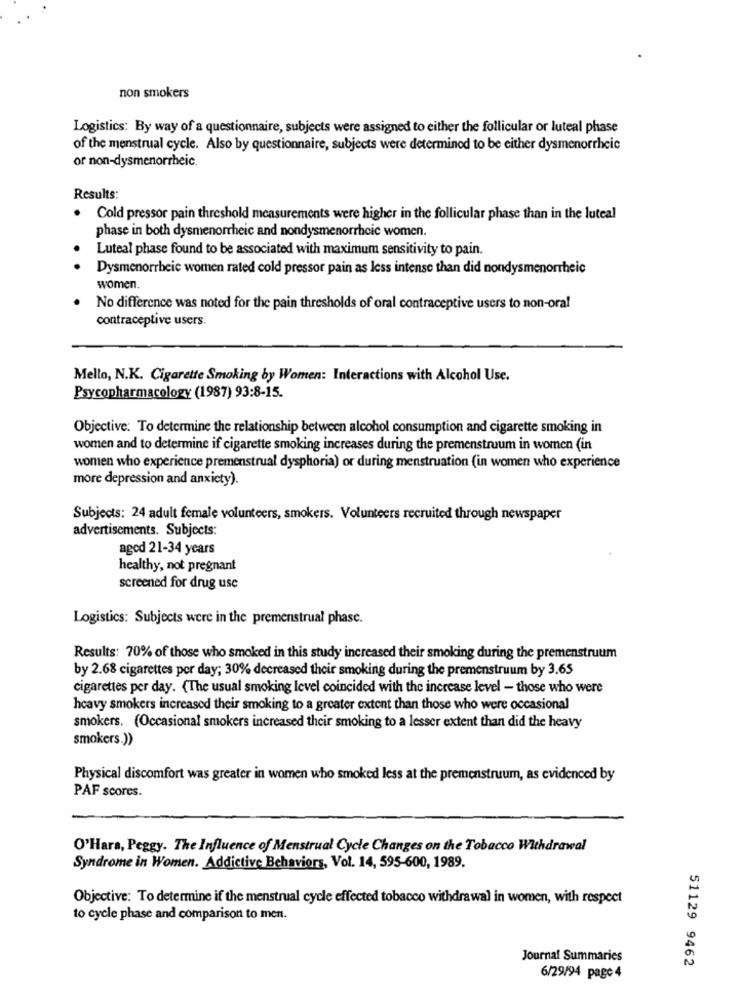
non smokers
Logistics: By way of a questionnaire, subjects were assigned to either the follicular or luteal phase
of the menstrual cycle. Also by questionnaire, subjects were determined to be either dysmenorrheic
or non-dysmenorrheic.
Results:
Cold pressor pain threshold measurements were higher in the follicular phase than in the luteal
phase in both dysmenorrheic and nondysmenorrheic women.
Luteal phase found to be associated with maximum sensitivity to pain.
Dysmenorrheic women rated cold pressor pain as less intense than did nondysmenorrheic
women.
No difference was noted for the pain thresholds of oral contraceptive users to non-oral
contraceptive users.
Mello, N.K. Cigarette Smoking by Women: Interactions with Alcohol Use.
Psycopharmacology (1987) 93:8-15.
Objective: To determine the relationship between alcohol consumption and cigarette smoking in
women and to determine if cigarette smoking increases during the premenstruum in women (in
women who experience premenstrual dysphoria) or during menstruation (in women who experience
more depression and anxiety).
Subjects: 24 adult female volunteers, smokers. Volunteers recruited through newspaper
advertisements. Subjects:
aged 21-34 years
healthy, not pregnant
screened for drug use
Logistics: Subjects were in the premenstrual phase.
Results: 70% of those who smoked in this study increased their smoking during the premenstruum
by 2.68 cigarettes per day; 30% decreased their smoking during the premenstruum by 3.65
cigarettes per day. (The usual smoking level coincided with the increase level - those who were
heavy smokers increased their smoking to a greater extent than those who were occasional
smokers. (Occasional smokers increased their smoking to a lesser extent than did the heavy
smokers.))
Physical discomfort was greater in women who smoked less at the premenstruum, as evidenced by
PAF scores.
O'Hara, Peggy. The Influence of Menstrual Cycle Changes on the Tobacco Withdrawal
Syndrome in Women. Addictive Behaviors, Vol. 14, 595-600, 1989.
Objective: To determine if the menstrual cycle effected tobacco withdrawal in women, with respect
to cycle phase and comparison to men.
Journal Summaries
51129 9462
6/29/94 page 4